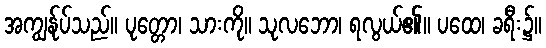
အကျွန်ုပ်သည်။ ပုတ္တော၊ သားကို။ သုလဘော၊ ရလွယ်၏။ ပထေ၊ ခရီး၌။